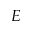
E